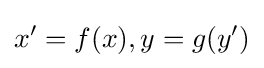
x'=f(x),y=g(y')